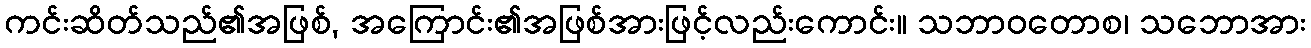
ကင်းဆိတ်သည်၏အဖြစ်, အကြောင်း၏အဖြစ်အားဖြင့်လည်းကောင်း။ သဘာဝတောစ၊ သဘောအား